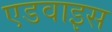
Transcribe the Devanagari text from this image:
एडवाइस